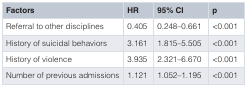
| Factors | HR | 95% CI | p |
 | --- | --- | --- | --- |
 | Referral to other disciplines | 0.405 | 0.248–0.661 | <0.001 |
 | History of suicidal behaviors | 3.161 | 1.815–5.505 | <0.001 |
 | History of violence | 3.935 | 2.321–6.670 | <0.001 |
 | Number of previous admissions | 1.121 | 1.052–1.195 | <0.001 |